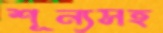
শূন্যসহ